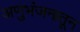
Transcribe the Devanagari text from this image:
अणुभंजनातून